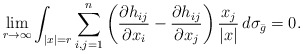
\begin{align*}\lim_{r\to \infty} \int_{|x|=r} \sum_{i,j=1}^n \left( \frac{\partial h_{ij}}{\partial x_i} - \frac{\partial h_{ij}}{\partial x_j}\right) \frac{x_j}{|x|} \, d\sigma_{\bar g}=0. \end{align*}